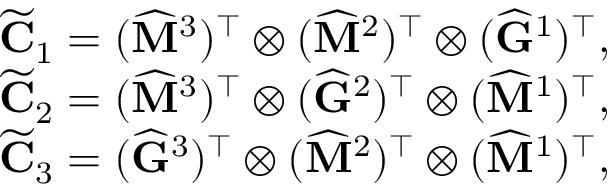
\begin{array} { r } { \widetilde { \mathbf { C } } _ { 1 } = ( \widehat { \mathbf { M } } ^ { 3 } ) ^ { \top } \otimes ( \widehat { \mathbf { M } } ^ { 2 } ) ^ { \top } \otimes ( \widehat { \mathbf { G } } ^ { 1 } ) ^ { \top } , } \\ { \widetilde { \mathbf { C } } _ { 2 } = ( \widehat { \mathbf { M } } ^ { 3 } ) ^ { \top } \otimes ( \widehat { \mathbf { G } } ^ { 2 } ) ^ { \top } \otimes ( \widehat { \mathbf { M } } ^ { 1 } ) ^ { \top } , } \\ { \widetilde { \mathbf { C } } _ { 3 } = ( \widehat { \mathbf { G } } ^ { 3 } ) ^ { \top } \otimes ( \widehat { \mathbf { M } } ^ { 2 } ) ^ { \top } \otimes ( \widehat { \mathbf { M } } ^ { 1 } ) ^ { \top } , } \end{array}